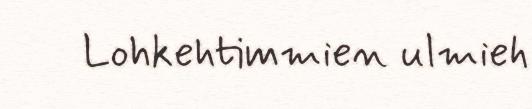
Lohkehtimmien ulmieh